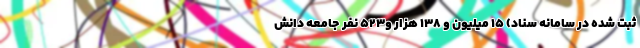
ثبت شده در سامانه سناد) ۱۵ میلیون و ۱۳۸ هزار و۵۲۳ نفر جامعه دانش‌